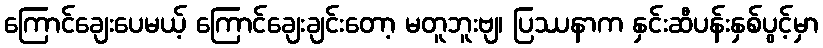
ကြောင်ချေးပေမယ့် ကြောင်ချေးချင်းတော့ မတူဘူးဗျ၊ ပြဿနာက နှင်းဆီပန်းနှစ်ပွင့်မှာ